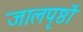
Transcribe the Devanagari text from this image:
जालपृष्ठों